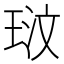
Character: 𭹓